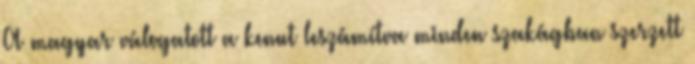
A magyar válogatott a kenut leszámítva minden szakágban szerzett